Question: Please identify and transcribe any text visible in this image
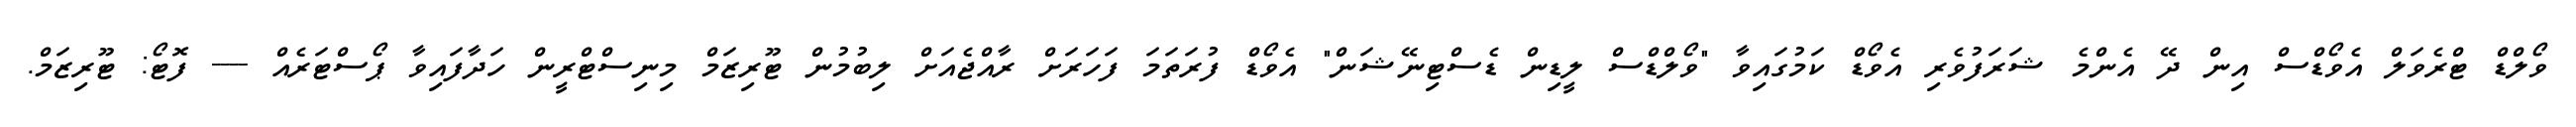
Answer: ވޯލްޑް ޓްރެވަލް އެވޯޑްސް އިން ދޭ އެންމެ ޝަރަފުވެރި އެވޯޑް ކަމުގައިވާ "ވޯލްޑްސް ލީޑިން ޑެސްޓިނޭޝަން" އެވޯޑް ފުރަތަމަ ފަހަރަށް ރާއްޖެއަށް ލިބުމުން ޓޫރިޒަމް މިނިސްޓްރީން ހަދާފައިވާ ޕޯސްޓަރެއް ---- ފޮޓޯ: ޓޫރިޒަމް.